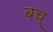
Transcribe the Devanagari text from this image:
बच्